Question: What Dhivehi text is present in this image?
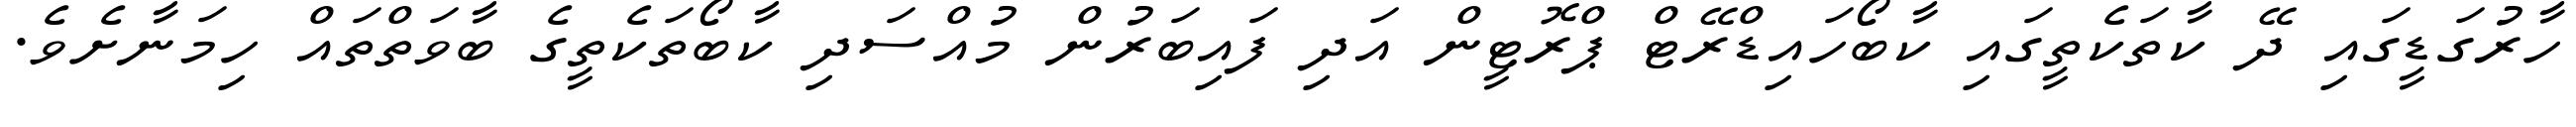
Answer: ހާރުގަޑީގައި ދޭ ކާތަކެތީގައި ކާބޯހައިޑްރޭޓް ޕްރޮޓީން އަދި ފައިބަރުން މުއްސަދި ކާބޯތަކެތީގެ ބާވަތްތައް ހިމަނާށެވެ.